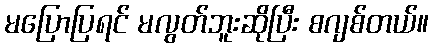
မပြောပြရင် မလွတ်ဘူးဆိုပြီး စဂျစ်တယ်။